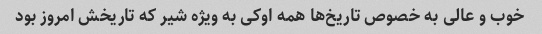
خوب و عالی به خصوص تاریخ‌ها همه اوکی به ویژه شیر که تاریخش امروز بود